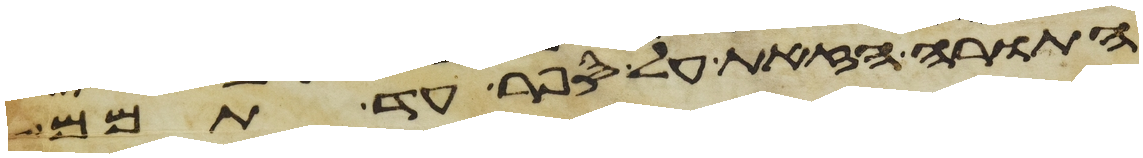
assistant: התורה הזאת על ספר עד תמם